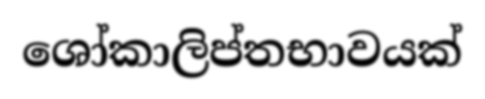
ශෝකාලිප්තභාවයක්